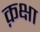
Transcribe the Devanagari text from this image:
क़क्षा